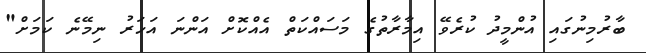
ބާރުމިނުގައި އުންމީދު ކުރެވޭ އިމާރާތުގެ މަސައްކަތް އެއްކޮށް އަންނަ އަހަރު ނިމޭނެ ކަމަށް"